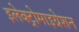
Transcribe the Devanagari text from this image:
इलेक्ट्रोमाइग्रेशन